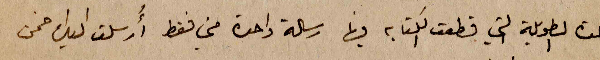
المدة الطويلة التي قطعت الكتابة فيها رسالة واحدة مني فقط ارسلت اليك ضمن